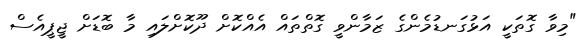
"މިވާ ގޮތަކީ އަޅުގަނޑުމެންގެ ޒަމާންވީ ގޮތްތައް އެއްކޮށް ދޫކޮށްލައި މާ ބޮޑަށް ޖީޕީއެސް